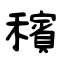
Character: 穦